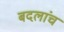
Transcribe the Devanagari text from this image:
बदलांच